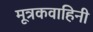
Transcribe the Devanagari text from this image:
मूत्रकवाहिनी